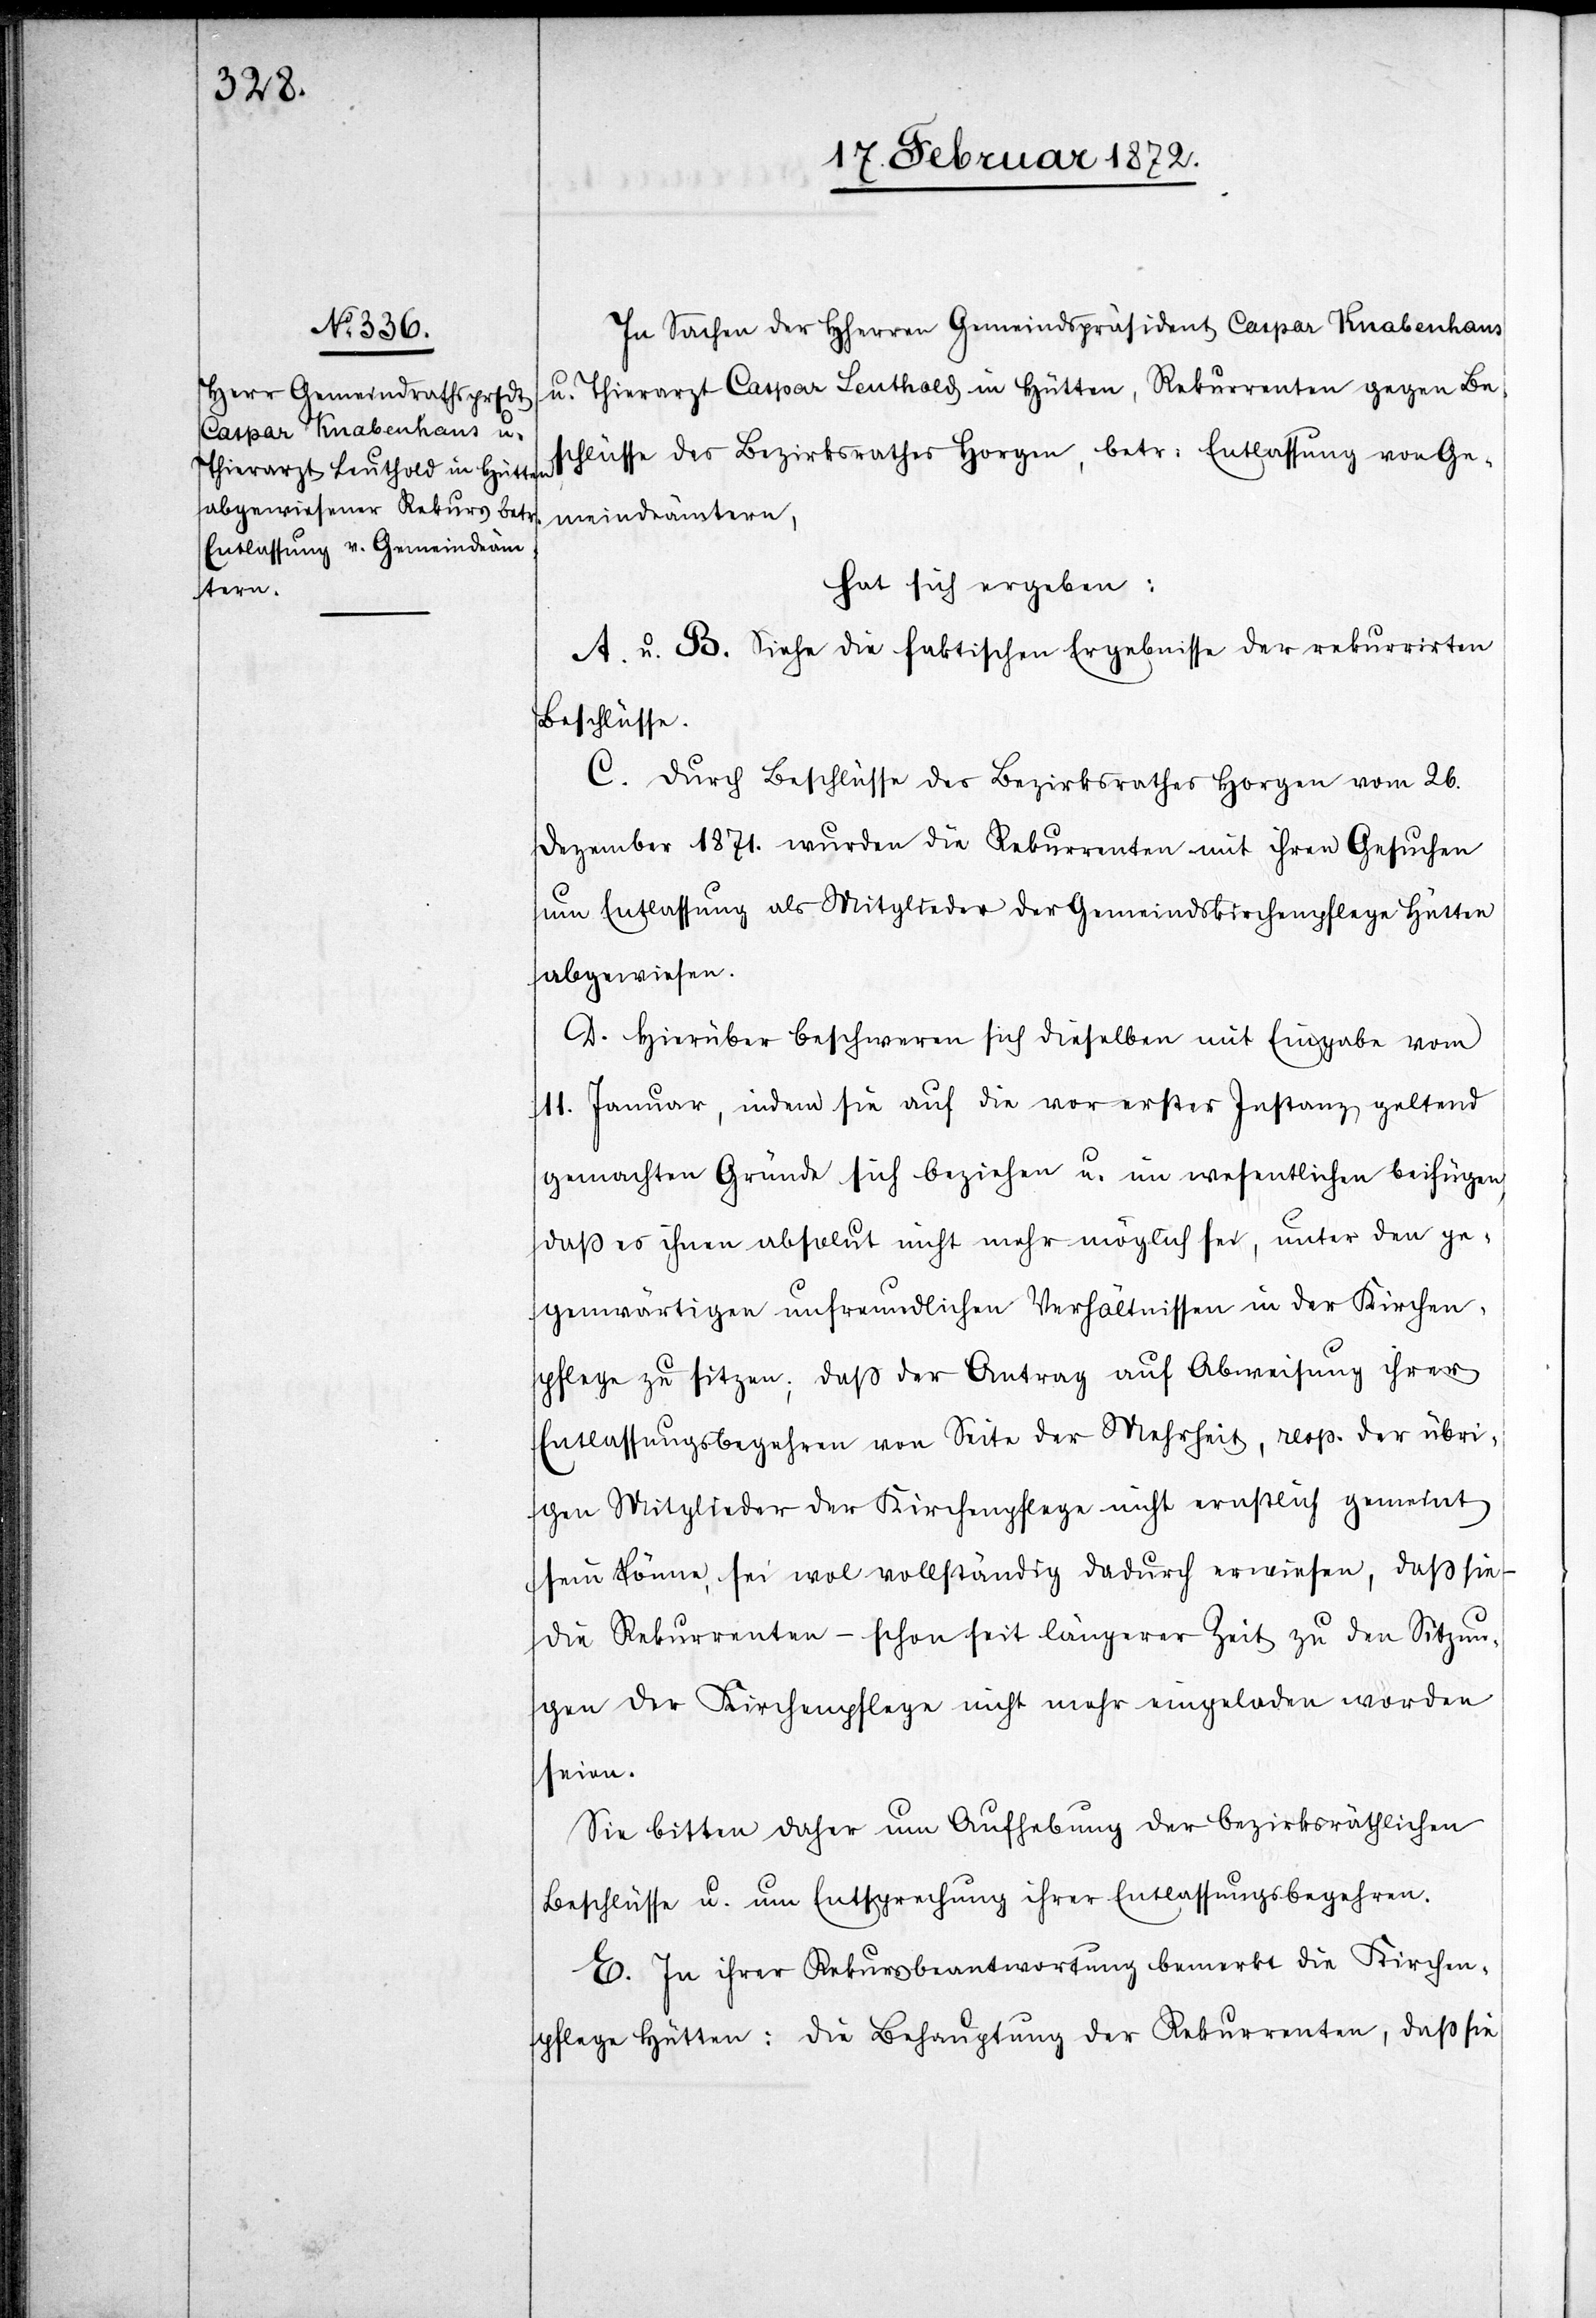
In Sachen der HHerren Gemeindspräsident Caspar Knabenhans
u. Thierarzt Caspar Leuthold in Hütten, Rekurrenten gegen Be¬
schlüsse des Bezirksrathes Horgen, betr. Entlassung von Ge¬
meindeämtern,
hat sich ergeben:
A. u. B. Siehe die faktischen Ergebnisse der rekurrirten
Beschlüsse.
C. Durch Beschlüsse des Bezirksrathes Horgen vom 26.
Dezember 1871. wurden die Rekurrenten mit ihren Gesuchen
um Entlassung als Mitglieder der Gemeindskirchenpflege Hütten
abgewiesen.
D. Hierüber beschweren sich dieselben mit Eingabe vom
11. Januar, indem sie auf die vor erster Instanz geltend
gemachten Gründe sich beziehen u. im wesentlichen beifügen,
daß es ihnen absolut nicht mehr möglich sei, unter den ge¬
genwärtigen unfreundlichen Verhältnissen in der Kirchen¬
pflege zu sitzen; daß der Antrag auf Abweisung ihrer
Entlassungsbegehren von Seite der Mehrheit, resp. der übri¬
gen Mitglieder der Kirchenpflege nicht ernstlich gemeint
sein könne, sei wol vollständig dadurch erwiesen, daß sie
die Rekurrenten – schon seit längerer Zeit zu den Sitzun¬
gen der Kirchenpflege nicht mehr eingeladen worden
seien.
Sie bitten daher um Aufhebung der bezirksräthlichen
Beschlüsse u. um Entsprechung ihrer Entlassungsbegehren.
E. In ihrer Rekursbeantwortung bemerkt die Kirchen¬
pflege Hütten: die Behauptung der Rekurrenten, daß sie